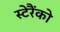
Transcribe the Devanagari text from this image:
स्टेरैंको